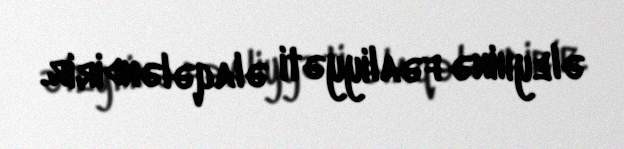
əleyhinə fəaliyyəti əlaqələndirir.